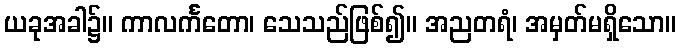
ယခုအခါ၌။ ကာလင်္ကတော၊ သေသည်ဖြစ်၍။ အညတရံ၊ အမှတ်မရှိသော။